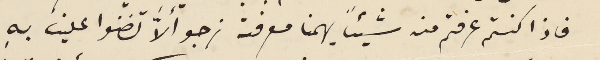
فاذا كنتم عرفتم منه شيئاً يهمنا معرفته نرجو الاَّ تضنوا علينا بهِ